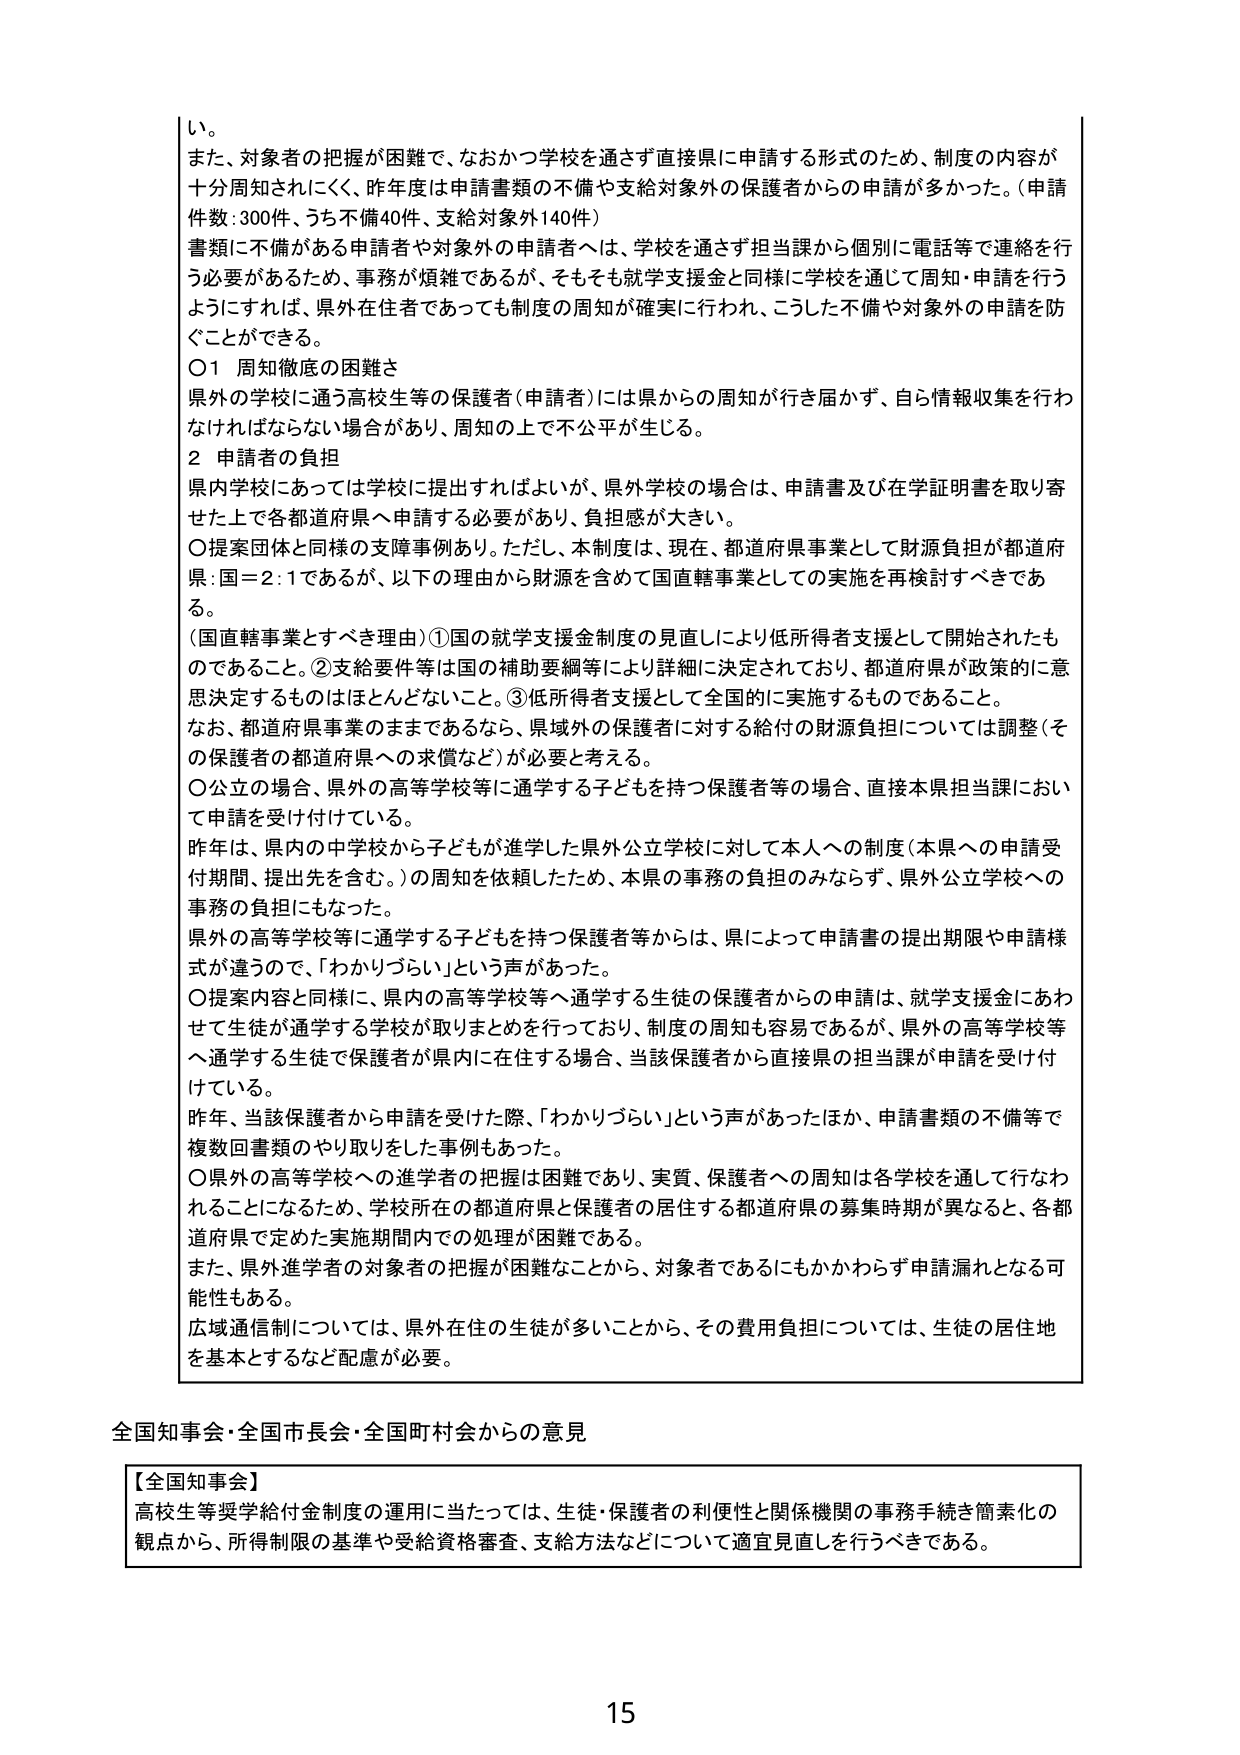
い。

また、対象者の把握が困難で、なおかつ学校を通さず直接県に申請する形式のため、制度の内容が十分周知されにくい、昨年度は申請書類の不備や支給対象外の保護者からの申請が多かった。（申請件数：300件、うち不備40件、支給対象外140件）

書類に不備がある申請者や対象外の申請者へは、学校を通さず担当課から個別に電話等で連絡を行う必要があるため、事務が煩雑であるが、そもそも就学支援金と同様に学校を通じて周知・申請を行うようにすれば、県外在住者であっても制度の周知が確実に行われ、こうした不備や対象外の申請を防ぐことができる。

〇１ 周知徹底の困難さ
県外の学校に通う高校生等の保護者（申請者）には県からの周知が行き届かず、自ら情報収集を行わなければならない場合があり、周知の上で不公平が生じる。

２ 申請者の負担
県内学校にあっては学校に提出すればよいが、県外学校の場合は、申請書及び在学証明書を取り寄せた上で各都道府県へ申請する必要があり、負担感が大きい。

〇提案団体と同様の支障事例あり。ただし、本制度は、現在、都道府県事業として財源負担が都道府県：国＝２：１であるが、以下の理由から財源を含めて国直轄事業としての実施を再検討すべきである。

（国直轄事業とすべき理由）①国の就学支援金制度の見直しにより低所得者支援として開始されたものであること。②支給要件等は国の補助要綱等により詳細に決定されており、都道府県が政策的に意思決定するものはほとんどないこと。③低所得者支援として全国的に実施するものであること。

なお、都道府県事業のままであるなら、県域外の保護者に対する給付の財源負担については調整（その保護者の都道府県への求償など）が必要と考える。

〇公立の場合、県外の高等学校等に通学する子どもを持つ保護者等の場合、直接本県担当課において申請を受け付けている。

昨年は、県内の中学から子どもが進学した県外公立学校に対して本人への制度（本県への申請受付期間、提出先を含む。）の周知を依頼したため、本県の事務の負担のみならず、県外公立学校への事務の負担にもなった。

県外の高等学校等に通学する子どもを持つ保護者等からは、県によって申請書の提出期限や申請様式が違うので、「わかりづらい」という声があった。

〇提案内容と同様に、県内の高等学校等へ通学する生徒の保護者からの申請は、就学支援金にあわせて生徒が通学する学校が取りまとめを行っており、制度の周知も容易であるが、県外の高等学校等へ通学する生徒で保護者が県内在住する場合、当該保護者から直接県の担当課が申請を受け付けている。

昨年、当該保護者から申請を受けた際、「わかりづらい」という声があったほか、申請書類の不備等で複数回書類のやり取りをした事例もあった。

〇県外の高等学校への進学者の把握は困難であり、実質、保護者への周知は各学校を通じて行なわれることになるため、学校所在の都道府県と保護者の居住する都道府県の募集時期が異なると、各都道府県で定めた実施期間内での処理が困難である。

また、県外進学者の対象者の把握が困難なことから、対象者であるにもかかわらず申請漏れとなる可能性もある。

広域通信制については、県外在住の生徒が多いことから、その費用負担については、生徒の居住地を基本とするなど配慮が必要。

全国知事会・全国市長会・全国町村会からの意見

【全国知事会】
高校生等奨学給付金制度の運用に当たっては、生徒・保護者の利便性と関係機関の事務手続き簡素化の観点から、所得制限の基準や受給資格審査、支給方法などについて適宜見直しを行うべきである。

15